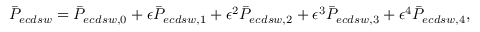
\bar { P } _ { e c d s w } = \bar { P } _ { e c d s w , 0 } + \epsilon \bar { P } _ { e c d s w , 1 } + \epsilon ^ { 2 } \bar { P } _ { e c d s w , 2 } + \epsilon ^ { 3 } \bar { P } _ { e c d s w , 3 } + \epsilon ^ { 4 } \bar { P } _ { e c d s w , 4 } ,